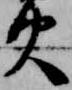
火